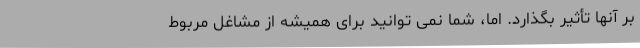
بر آنها تأثیر بگذارد. اما، شما نمی توانید برای همیشه از مشاغل مربوط